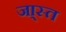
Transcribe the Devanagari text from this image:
जा्स्त